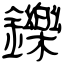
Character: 鑠